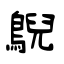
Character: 鶃